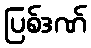
ပြစ်ဒဏ်